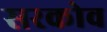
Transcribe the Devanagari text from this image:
सरकोव